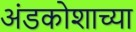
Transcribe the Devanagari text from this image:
अंडकोशाच्या